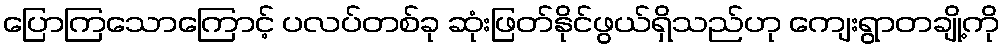
ပြောကြသောကြောင့် ပလပ်တစ်ခု ဆုံးဖြတ်နိုင်ဖွယ်ရှိသည်ဟု ကျေးရွာတချို့ကို